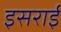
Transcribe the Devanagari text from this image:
इसराई